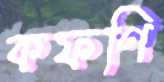
কফণি